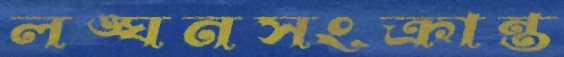
লঙ্ঘনসংক্রান্ত